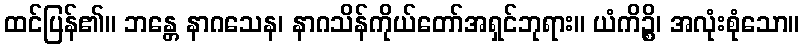
ထင်ပြန်၏။ ဘန္တေ နာဂသေန၊ နာဂသိန်ကိုယ်တော်အရှင်ဘုရား။ ယံကိဉ္စိ၊ အလုံးစုံသော။